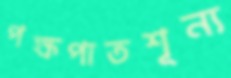
পক্ষপাতশূন্য